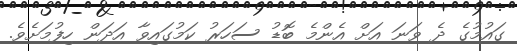
ގައުމުގެ ދެ ވަނަ އަށް އެންމެ ބޮޑު ސަހަރު ކަމުގައިވާ އަދަން ހިފުމަށެވެ.